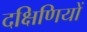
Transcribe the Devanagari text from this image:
दक्षिणियों